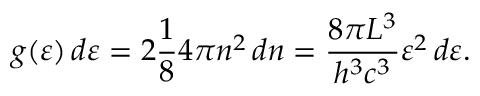
g ( \varepsilon ) \, d \varepsilon = 2 { \frac { 1 } { 8 } } 4 \pi n ^ { 2 } \, d n = { \frac { 8 \pi L ^ { 3 } } { h ^ { 3 } c ^ { 3 } } } \varepsilon ^ { 2 } \, d \varepsilon .